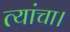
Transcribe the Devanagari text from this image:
त्यांचा।